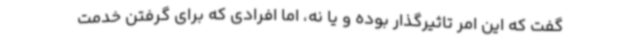
گفت که این امر تاثیرگذار بوده و یا نه، اما افرادی که برای گرفتن خدمت